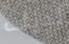
لديك